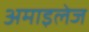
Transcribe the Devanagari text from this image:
अमाइलेज